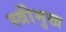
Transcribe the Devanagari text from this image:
स्त्रीमुख